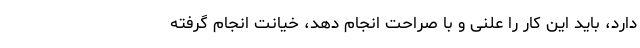
دارد، باید این کار را علنی و با صراحت انجام دهد، خیانت انجام گرفته